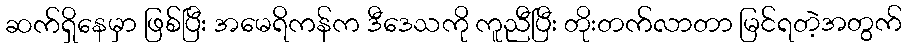
ဆက်ရှိနေမှာ ဖြစ်ပြီး အမေရိကန်က ဒီဒေသကို ကူညီပြီး တိုးတက်လာတာ မြင်ရတဲ့အတွက်